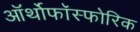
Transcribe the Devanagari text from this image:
ऑर्थोफाॅस्फोरिक